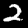
Digit: 2